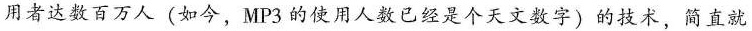
用者达数百万人(如今，MP3的使用人数已经是个天文数字)的技术，简直就